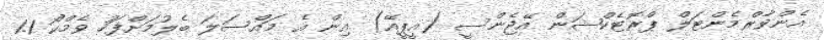
އެންވާރްމެންޓަލް ޕްރޮޓެކްޝަން އޭޖެންސީ (އީޕީއޭ) އިން އެ މައްސަލަ ބެލުމަށްފަހު ވެމްކޯ 1.1